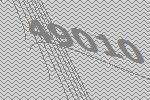
49010